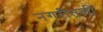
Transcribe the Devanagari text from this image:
नगरीतली